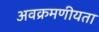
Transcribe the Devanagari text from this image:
अवक्रमणीयता